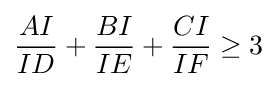
{\frac {AI}{ID}}+{\frac {BI}{IE}}+{\frac {CI}{IF}}\geq 3